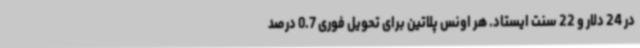
در 24 دلار و 22 سنت ایستاد. هر اونس پلاتین برای تحویل فوری 0.7 درصد